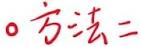
。方法二